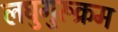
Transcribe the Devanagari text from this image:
लघुगुरूक्रम